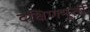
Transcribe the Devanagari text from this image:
दक्षिणमूर्ती